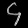
Digit: ၄